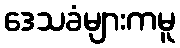
ဒေသခံများကမူ